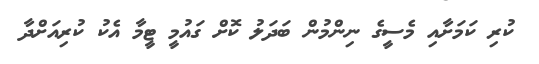
ކުރި ކަމަށާއި މެސީގެ ނިންމުން ބަދަލު ކޮށް ގައުމީ ޓީމާ އެކު ކުރިއަށްދާ